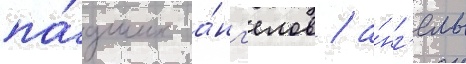
па́дших а́нг'елов / а́нг'елам